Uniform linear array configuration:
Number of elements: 48
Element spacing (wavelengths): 1
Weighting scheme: exponential
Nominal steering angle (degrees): -60
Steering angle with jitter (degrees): -59.279
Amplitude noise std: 0.05
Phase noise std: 0.05

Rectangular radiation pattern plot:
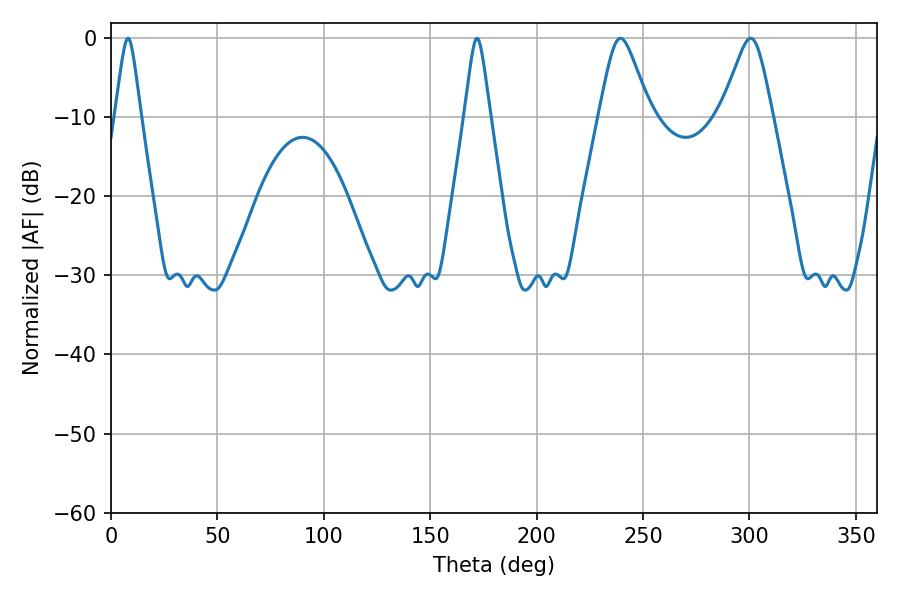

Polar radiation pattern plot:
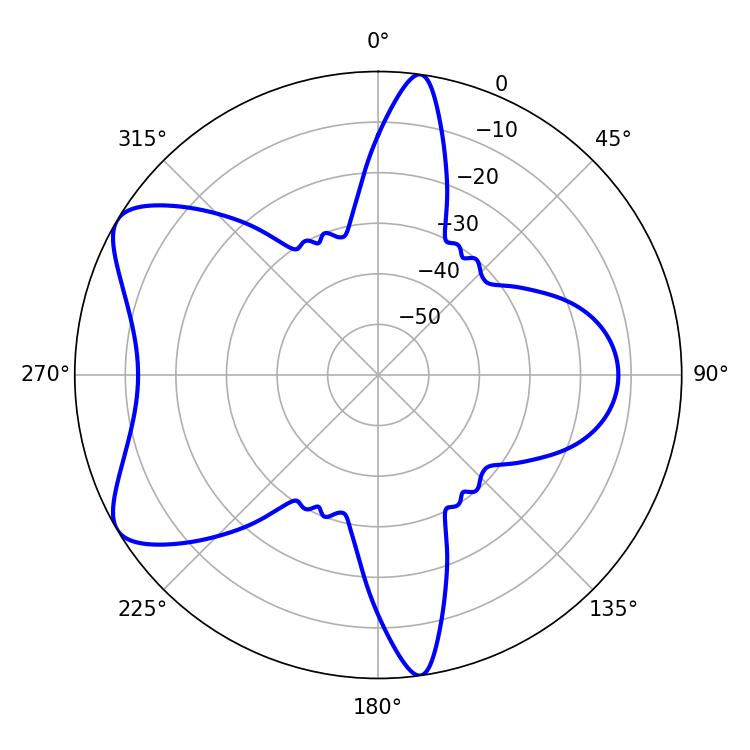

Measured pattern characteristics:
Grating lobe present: TRUE
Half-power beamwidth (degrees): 11.52
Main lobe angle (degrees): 239.4